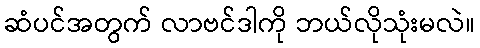
ဆံပင်အတွက် လာဗင်ဒါကို ဘယ်လိုသုံးမလဲ။